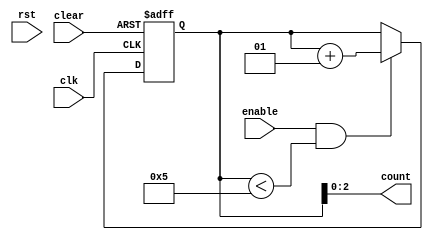
module counter(clear,enable,clk,rst,count);

input clear,enable,clk,rst;
integer i=0;
output [2:0]count;
always@(posedge clk or negedge clear)
begin

if (~clear)
i=0;

else if(enable&&(i<5))

i=i+1;
end
assign count =i;

endmodule